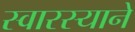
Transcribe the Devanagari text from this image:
स्वारस्याने